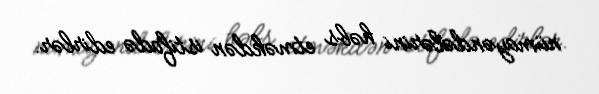
nümayəndələrini həbs etməkdən istifadə edirlər.